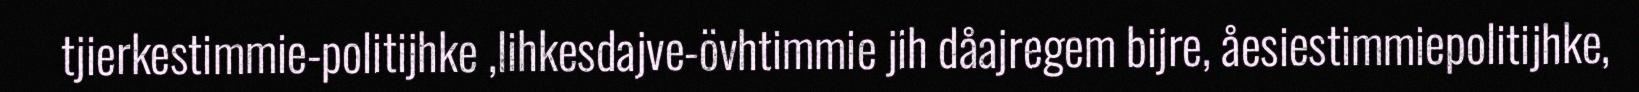
tjierkestimmie-politijhke ,lihkesdajve-övhtimmie jih dåajregem bijre, åesiestimmiepolitijhke,